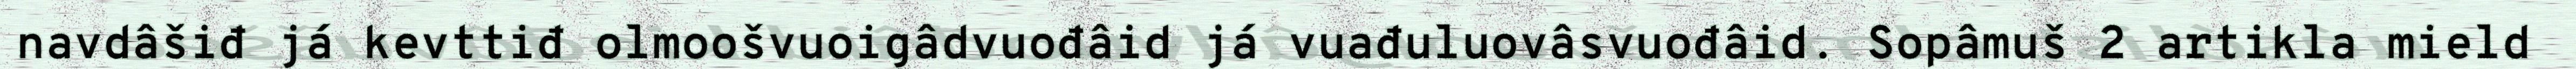
navdâšiđ já kevttiđ olmoošvuoigâdvuođâid já vuađuluovâsvuođâid. Sopâmuš 2 artikla mield